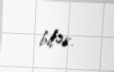
bilər.